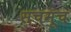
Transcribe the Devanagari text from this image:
सचमूच